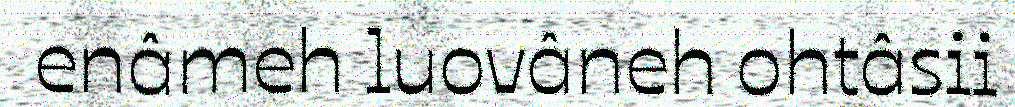
enâmeh luovâneh ohtâsii